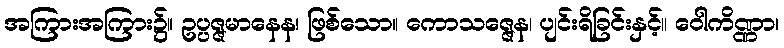
အကြားအကြား၌။ ဥပ္ပဇ္ဇမာနေန၊ ဖြစ်သော။ ကောသဇ္ဇေန၊ ပျင်းရိခြင်းနှင့်။ ဝေါကိဏ္ဏာ၊